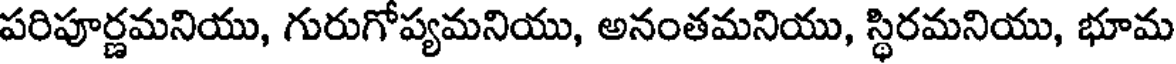
పరిపూర్ణమనియు, గురుగోప్యమనియు, అనంతమనియు, స్థిరమనియు, భూమ